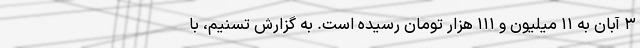
۳ آبان به ۱۱ میلیون و ۱۱۱ هزار تومان رسیده است. به گزارش تسنیم، با